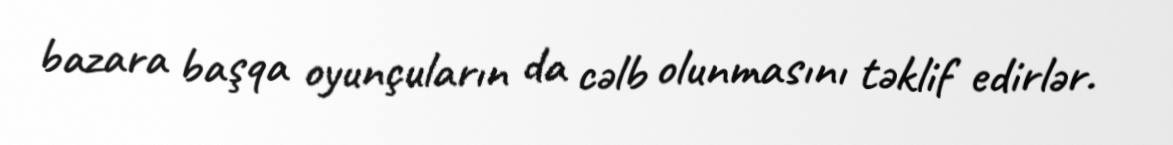
bazara başqa oyunçuların da cəlb olunmasını təklif edirlər.